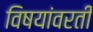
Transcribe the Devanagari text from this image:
विषयांवरती